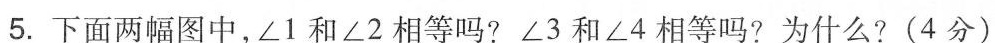
5.下面两幅图中，∠1和∠2相等吗?∠3和∠4相等吗?为什么?(4分)